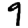
Digit: 9